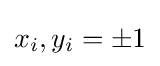
x_{i},y_{i}=\pm 1